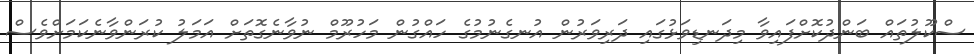
ސްކޫލުތައް ބަންދުކޮށްފައިވާ މިދަނޑިވަޅުގައި ދަރިވަރުން އުނގެނުމުގެ ހައްގުން މަހުރޫމް ނުވާނެގޮތަށް އަމަލު ކުރަންވާނެކަމަށްވެސް